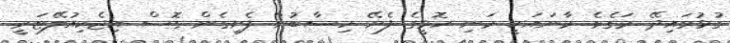
ގުޅުވައިދޭ މަގެވެ. މާނައަކީ މަނި ހޮޅީގެ ފެށޭ ހިސާބުން ފެށިގެން ގޮސް އިޖެކިއުލޭޓަރީ